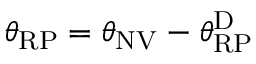
\theta _ { \mathrm { R P } } = \theta _ { \mathrm { N V } } - \theta _ { \mathrm { R P } } ^ { \mathrm { D } }